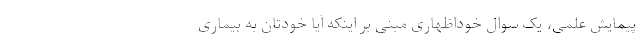
پیمایش علمی، یک سوال خوداظهاری مبنی بر اینکه آیا خودتان به بیماری